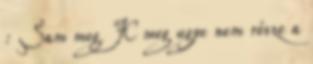
: Sam meg JC meg ugye nem része a